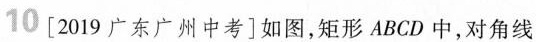
10 [2019广东广州中考]如图，矩形ABCD中，对角线